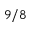
9 / 8